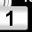
Digit: 1